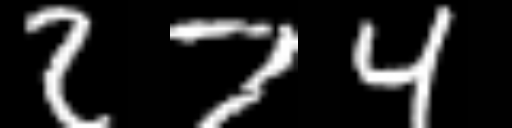
Text: 274